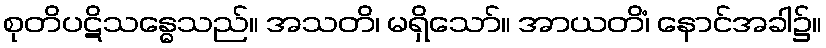
စုတိပဋိသန္ဓေသည်။ အသတိ၊ မရှိသော်။ အာယတိံ၊ နောင်အခါ၌။